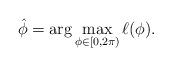
LaTeX: \begin{align*} \hat{\phi} = \arg\max_{\phi \in [0,2\pi)} \ell(\phi).\end{align*}